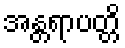
အန္တရာပတ္တိ